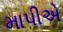
માપીએ